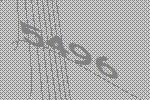
5496